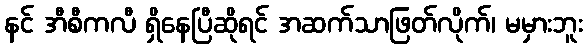
နင် အီစီကလီ ရှိနေပြီဆိုရင် အဆက်သာဖြတ်လိုက်၊ မမှားဘူး